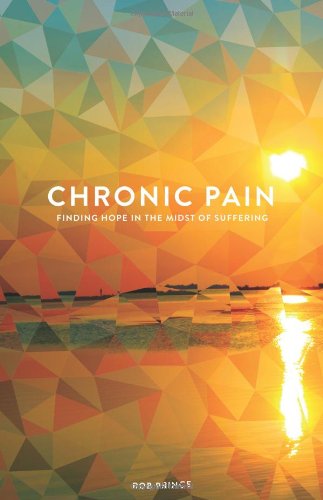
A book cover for Chronic Pain: Finding Hope in the Midst of Suffering; Rob Prince; Health, Fitness & Dieting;